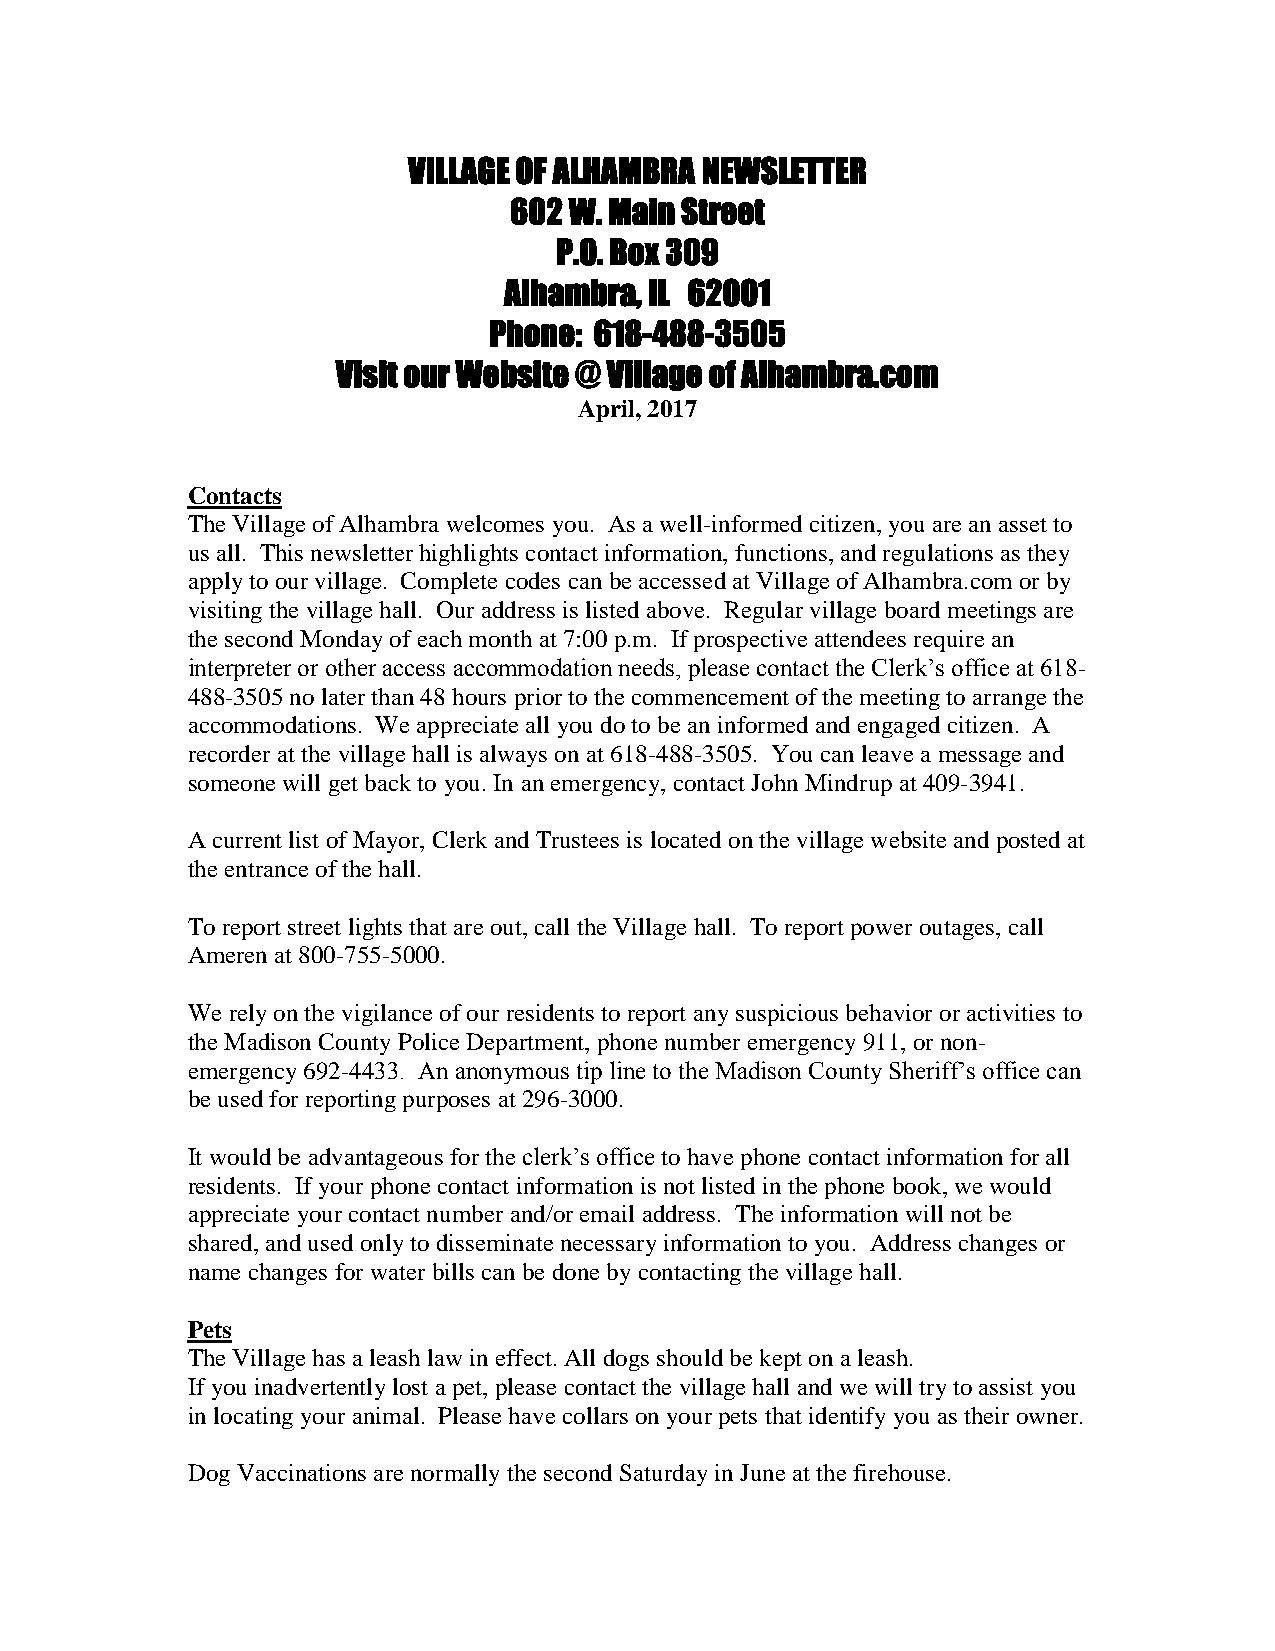
VILLAGE OF ALHAMBRA NEWSLETTER
 602 W. Main Street
 P.O. Box 309
 Alhambra, IL 62001
 Phone: 618-488-3505
 Visit our Website @ Village of Alhambra.com
 April, 2017
 Contacts
 The Village of Alhambra welcomes you. As a well-informed citizen, you are an asset to
 us all. This newsletter highlights contact information, functions, and regulations as they
 apply to our village. Complete codes can be accessed at Village of Alhambra.com or by
 visiting the village hall. Our address is listed above. Regular village board meetings are
 the second Monday of each month at 7:00 p.m. If prospective attendees require an
 interpreter or other access accommodation needs, please contact the Clerk’s office at 618-
 488-3505 no later than 48 hours prior to the commencement of the meeting to arrange the
 accommodations. We appreciate all you do to be an informed and engaged citizen. A
 recorder at the village hall is always on at 618-488-3505. You can leave a message and
 someone will get back to you. In an emergency, contact John Mindrup at 409-3941.
 A current list of Mayor, Clerk and Trustees is located on the village website and posted at
 the entrance of the hall.
 To report street lights that are out, call the Village hall. To report power outages, call
 Ameren at 800-755-5000.
 We rely on the vigilance of our residents to report any suspicious behavior or activities to
 the Madison County Police Department, phone number emergency 911, or non-
 emergency 692-4433. An anonymous tip line to the Madison County Sheriff’s office can
 be used for reporting purposes at 296-3000.
 It would be advantageous for the clerk’s office to have phone contact information for all
 residents. If your phone contact information is not listed in the phone book, we would
 appreciate your contact number and/or email address. The information will not be
 shared, and used only to disseminate necessary information to you. Address changes or
 name changes for water bills can be done by contacting the village hall.
 Pets
 The Village has a leash law in effect. All dogs should be kept on a leash.
 If you inadvertently lost a pet, please contact the village hall and we will try to assist you
 in locating your animal. Please have collars on your pets that identify you as their owner.
 Dog Vaccinations are normally the second Saturday in June at the firehouse.